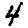
Digit: 4